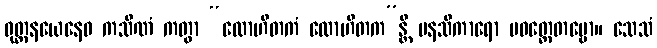
ဝုတ္တနယေနေဝ ကသိဏံ ကတွာ “လောဟိတကံ လောဟိတက”န္တိ မနသိကာရော ပဝတ္တေတဗ္ဗော။ သေသံ